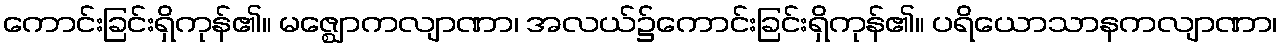
ကောင်းခြင်းရှိကုန်၏။ မဇ္ဈောကလျာဏာ၊ အလယ်၌ကောင်းခြင်းရှိကုန်၏။ ပရိယောသာနကလျာဏာ၊